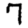
Digit: 7